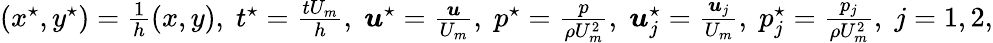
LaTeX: \begin{array}{r}{\left(x^{\star},y^{\star}\right)=\frac{1}{h}\left(x,y\right),\; t^{\star}=\frac{tU_{m}}{h},\; \boldsymbol{u}^{\star}=\frac{\boldsymbol{u}}{U_{m}},\; p^{\star}=\frac{p}{\rho U_{m}^{2}},\; \boldsymbol{u}_{j}^{\star}=\frac{\boldsymbol{u}_{j}}{U_{m}},\; p_{j}^{\star}=\frac{p_{j}}{\rho U_{m}^{2}},\; j=1,2,}\end{array}